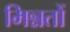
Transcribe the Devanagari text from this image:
मिन्नतों